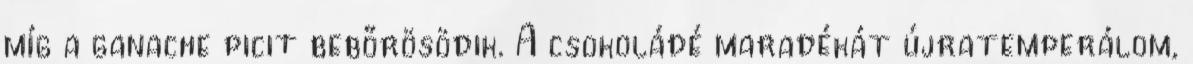
míg a ganache picit bebőrösödik. A csokoládé maradékát újratemperálom,